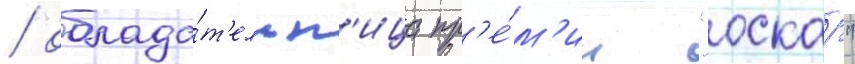
/ облада́т'ельн'ица пр'е́м'ии "оскар"